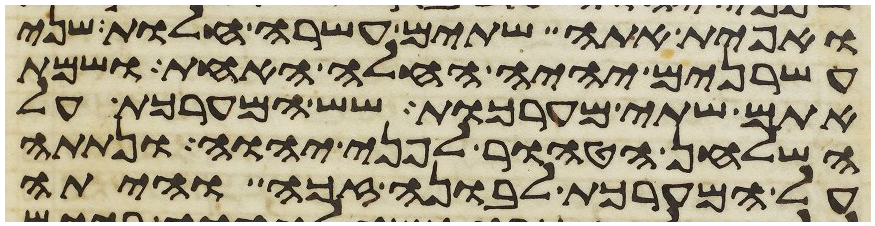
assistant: ואפית אתה שתים עשרה חלות שני
עשרנים יהיה החלה האחת ושמת
אתם שתי מערכות שש המערכת על
השלחן הטהור לפני יהוה ונתתה
על המערכת לבונה זכה והיתה